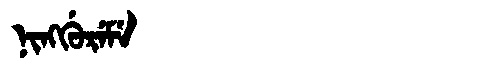
Manchu: ᠨᡳᠩᡤᡠᡵᡝᠮᡝ
Romanization: NINGGUREME